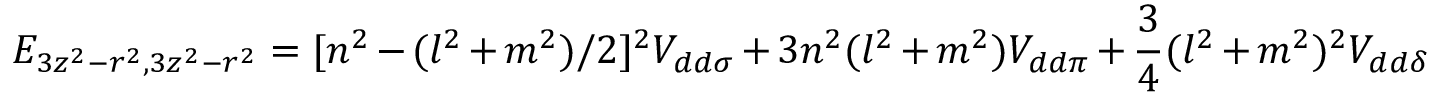
E _ { 3 z ^ { 2 } - r ^ { 2 } , 3 z ^ { 2 } - r ^ { 2 } } = [ n ^ { 2 } - ( l ^ { 2 } + m ^ { 2 } ) / 2 ] ^ { 2 } V _ { d d \sigma } + 3 n ^ { 2 } ( l ^ { 2 } + m ^ { 2 } ) V _ { d d \pi } + { \frac { 3 } { 4 } } ( l ^ { 2 } + m ^ { 2 } ) ^ { 2 } V _ { d d \delta }